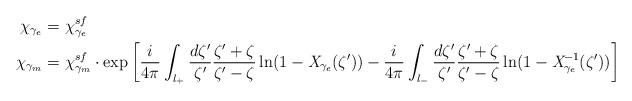
LaTeX: \begin{align*} \chi_{\gamma_e} &= \chi_{\gamma_e}^{sf} \\ \chi_{\gamma_m} &= \chi_{\gamma_m}^{sf} \cdot \exp \left[ \frac{i}{4\pi}\int_{l_+} \frac{d\zeta'}{\zeta'}\frac{\zeta'+\zeta}{\zeta'-\zeta}\ln(1-\textit{X}_{\gamma_e}(\zeta'))- \frac{i}{4\pi}\int_{l_-} \frac{d\zeta'}{\zeta'}\frac{\zeta'+\zeta}{\zeta'-\zeta}\ln(1-\textit{X}^{-1}_{\gamma_e}(\zeta'))\right]\end{align*}